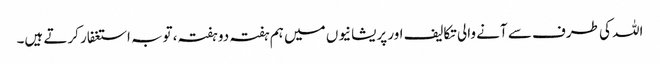
اللہ کی طرف سے آنے والی تکالیف اور پریشانیوں میں ہم ہفتہ دو ہفتہ، توبہ استغفار کرتے ہیں۔